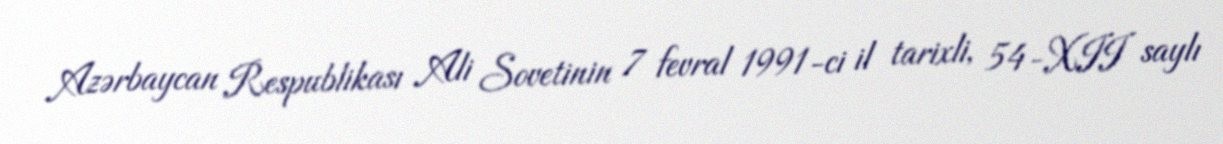
Azərbaycan Respublikası Ali Sovetinin 7 fevral 1991-ci il tarixli, 54-XII saylı